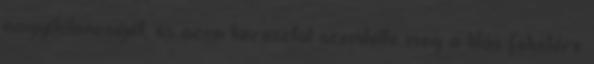
nagyítólencséjét, és azon keresztül szemlélte meg a lilás feketére